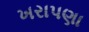
ખરાપણા